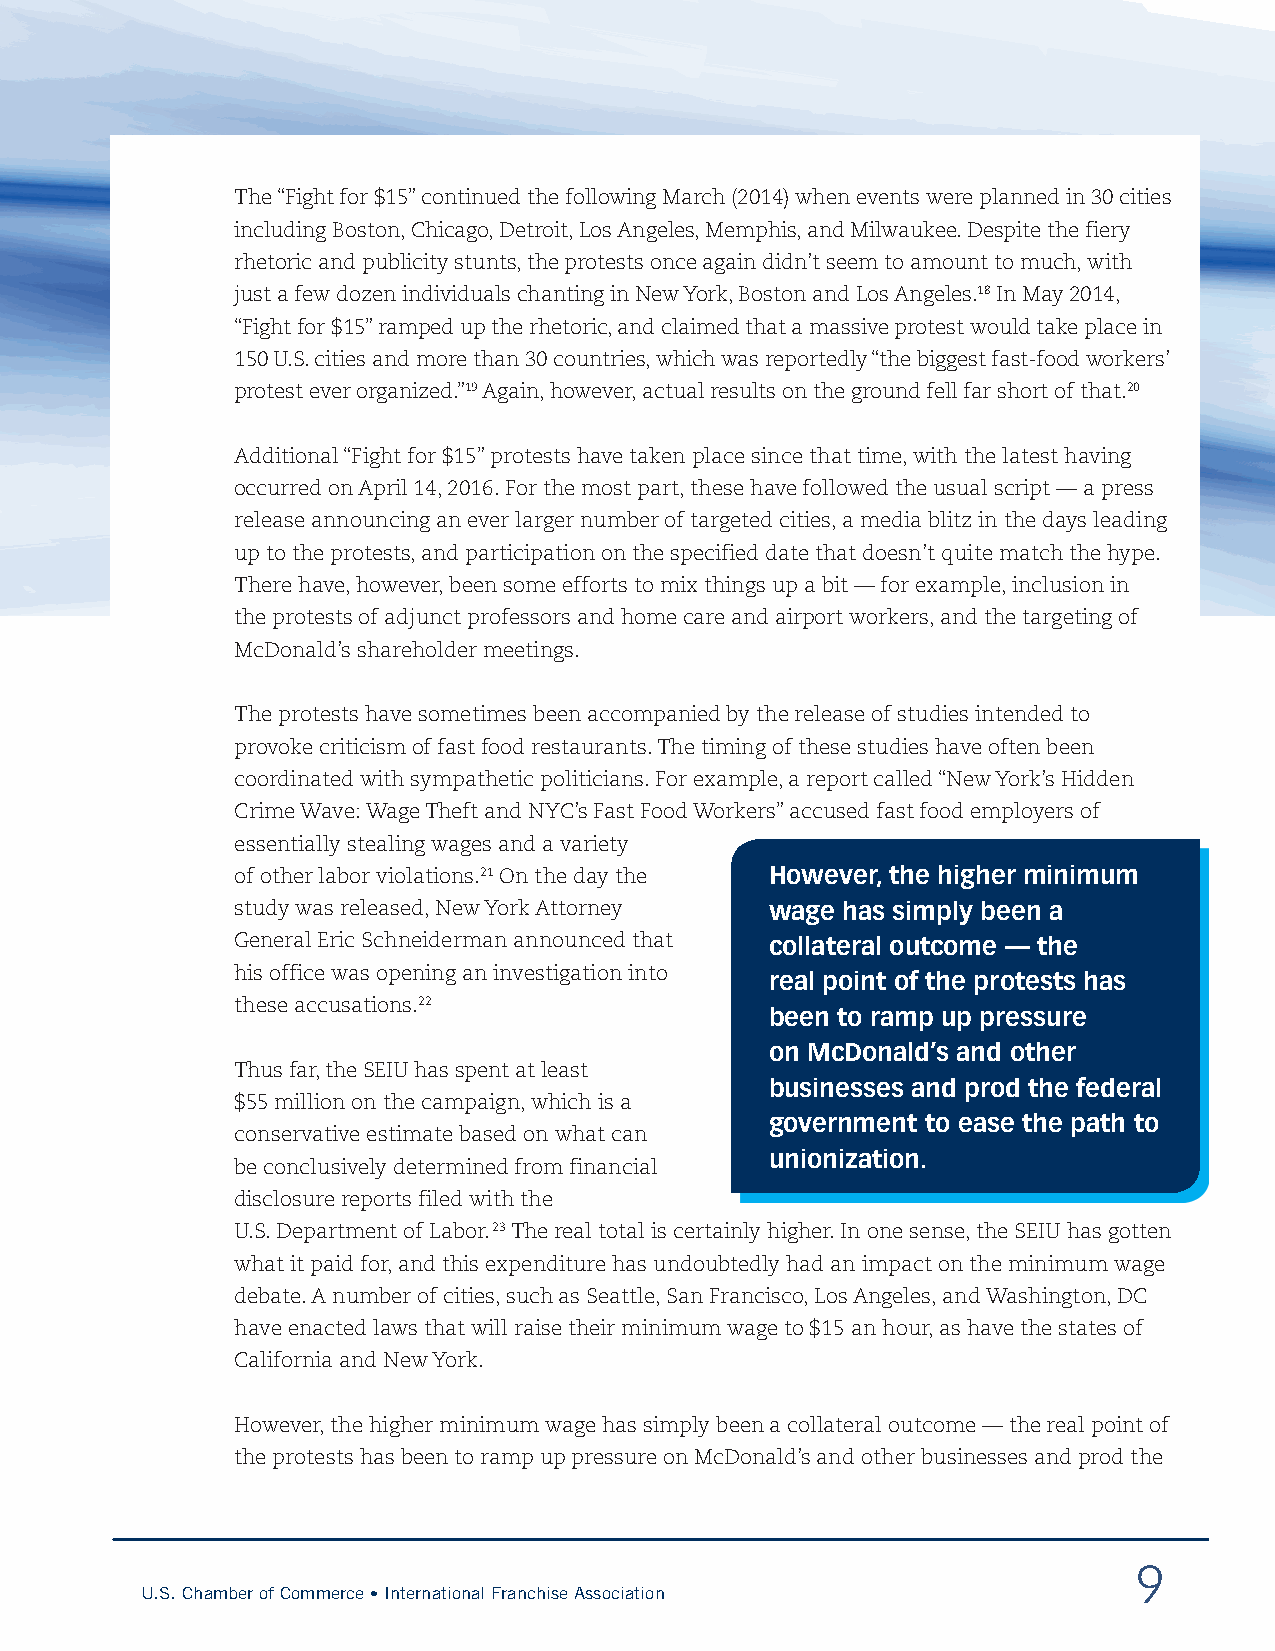
The “Fight for $15” continued the following March (2014) when events were planned in 30 cities
 including Boston, Chicago, Detroit, Los Angeles, Memphis, and Milwaukee. Despite the fiery
 rhetoric and publicity stunts, the protests once again didn’t seem to amount to much, with
 just a few dozen individuals chanting in New York, Boston and Los Angeles.18 In May 2014,
 “Fight for $15” ramped up the rhetoric, and claimed that a massive protest would take place in
 150 U.S. cities and more than 30 countries, which was reportedly “the biggest fast-food workers’
 protest ever organized.”19 Again, however, actual results on the ground fell far short of that.20
 Additional “Fight for $15” protests have taken place since that time, with the latest having
 occurred on April 14, 2016. For the most part, these have followed the usual script — a press
 release announcing an ever larger number of targeted cities, a media blitz in the days leading
 up to the protests, and participation on the specified date that doesn’t quite match the hype.
 There have, however, been some efforts to mix things up a bit — for example, inclusion in
 the protests of adjunct professors and home care and airport workers, and the targeting of
 McDonald’s shareholder meetings.
 The protests have sometimes been accompanied by the release of studies intended to
 provoke criticism of fast food restaurants. The timing of these studies have often been
 coordinated with sympathetic politicians. For example, a report called “New York’s Hidden
 Crime Wave: Wage Theft and NYC’s Fast Food Workers” accused fast food employers of
 essentially stealing wages and a variety
 of other labor violations.21 On the day the However, the higher minimum
 study was released, New York Attorney wage has simply been a
 General Eric Schneiderman announced that collateral outcome — the
 his office was opening an investigation into
 real point of the protests has
 these accusations.22
 been to ramp up pressure
 on McDonald’s and other
 Thus far, the SEIU has spent at least
 businesses and prod the federal
 $55 million on the campaign, which is a
 government to ease the path to
 conservative estimate based on what can
 unionization.
 be conclusively determined from financial
 disclosure reports filed with the
 U.S. Department of Labor. 23 The real total is certainly higher. In one sense, the SEIU has gotten
 what it paid for, and this expenditure has undoubtedly had an impact on the minimum wage
 debate. A number of cities, such as Seattle, San Francisco, Los Angeles, and Washington, DC
 have enacted laws that will raise their minimum wage to $15 an hour, as have the states of
 California and New York.
 However, the higher minimum wage has simply been a collateral outcome — the real point of
 the protests has been to ramp up pressure on McDonald’s and other businesses and prod the
 9
 U.S. Chamber of Commerce • International Franchise Association